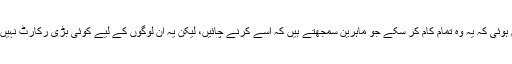
قصہ مختصر یہ کہ سی سی ٹی وی کی ٹیکنالوجی ابھی پوری طرح اس قابل نہیں ہوئی کہ یہ وہ تمام کام کر سکے جو ماہرین سمجھتے ہیں کہ اسے کرنے چائیں، لیکن یہ ان لوگوں کے لیے کوئی بڑی رکارٹ نہیں ہے جو چاہتے ہیں کہ ہم سب وہی کریں یا وہی سوچیں جو یہ یہ لوگ چاہتے ہیں۔